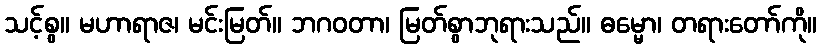
သင့်စွ။ မဟာရာဇ၊ မင်းမြတ်။ ဘဂဝတာ၊ မြတ်စွာဘုရားသည်။ ဓမ္မော၊ တရားတော်ကို။